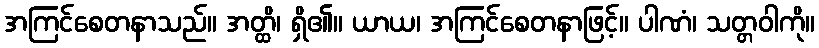
အကြင်စေတနာသည်။ အတ္ထိ၊ ရှိ၏။ ယာယ၊ အကြင်စေတနာဖြင့်။ ပါဏံ၊ သတ္တဝါကို။